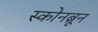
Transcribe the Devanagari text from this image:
स्कोनब्रून